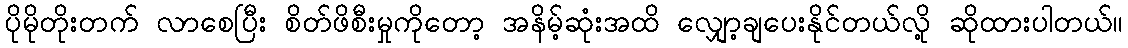
ပိုမိုတိုးတက် လာစေပြီး စိတ်ဖိစီးမှုကိုတော့ အနိမ့်ဆုံးအထိ လျှော့ချပေးနိုင်တယ်လို့ ဆိုထားပါတယ်။